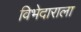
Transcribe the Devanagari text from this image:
विभेदाराला